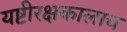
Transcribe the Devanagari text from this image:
यष्टीरक्षकालाच